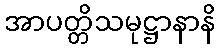
အာပတ္တိသမုဋ္ဌာနာနိ